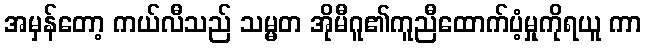
အမှန်တော့ ကယ်လီသည် သမ္မတ အိုမီဂူ၏ကူညီထောက်ပံ့မှုကိုရယူ ကာ